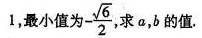
1，最小值为-(\sqrt{6}/div 2),求a,b的值.